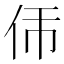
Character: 𬽮